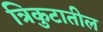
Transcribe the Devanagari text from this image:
त्रिकुटातील